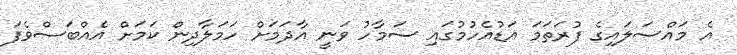
އެ މައްސަލައިގެ ފުރަތަމަ އަޑުއެހުމުގައި ސަމާހު ވަނީ އާދަމަށް ހަމަލާދިން ކަމަށް އެއްބަސްވެފަ